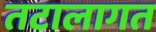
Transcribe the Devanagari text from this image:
तटालागत